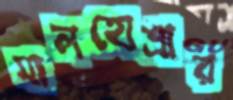
মালহোত্রার